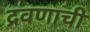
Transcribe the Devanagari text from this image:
द्रवणाची